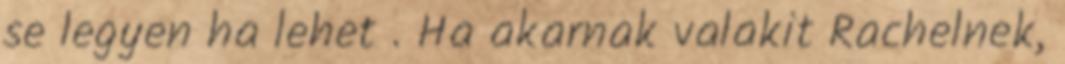
se legyen ha lehet . Ha akarnak valakit Rachelnek,